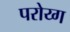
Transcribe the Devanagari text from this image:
परोय्ग